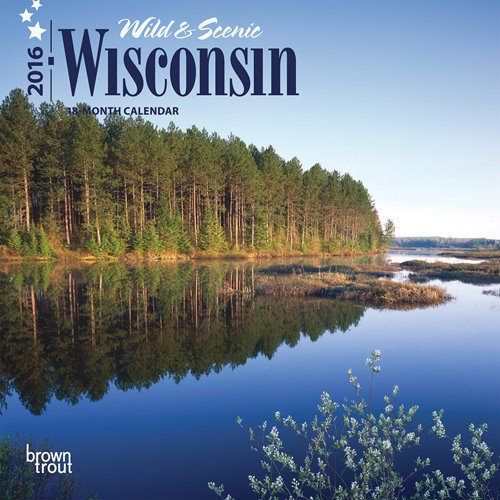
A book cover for Wisconsin, Wild & Scenic 2016 Mini 7x7; Browntrout Publishers; Calendars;